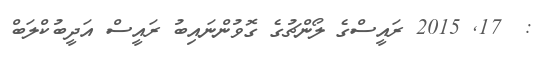
:  17